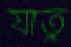
যাতু